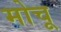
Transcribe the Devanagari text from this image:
मोचू